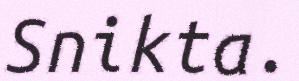
Snikta.